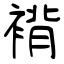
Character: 褙